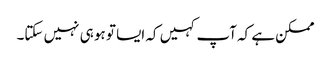
ممکن ہے کہ آپ کہیں کہ ایسا تو ہو ہی نہیں سکتا۔